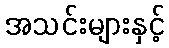
အသင်းများနှင့်